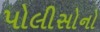
પોલીસોનો